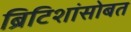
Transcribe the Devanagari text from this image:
ब्रिटिशांसोबत